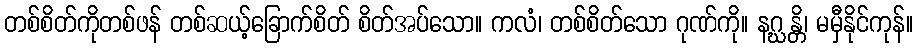
တစ်စိတ်ကိုတစ်ဖန် တစ်ဆယ့်ခြောက်စိတ် စိတ်အပ်သော။ ကလံ၊ တစ်စိတ်သော ဂုဏ်ကို။ နဂ္ဃန္တိ၊ မမှီနိုင်ကုန်။